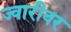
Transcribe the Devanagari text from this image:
ज्वारीवर